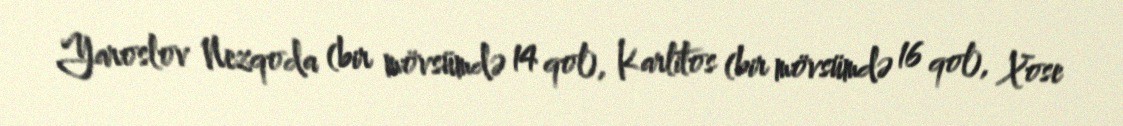
Yaroslov Nezqoda (bir mövsümdə 14 qol), Karlitos (bir mövsümdə 16 qol), Xose